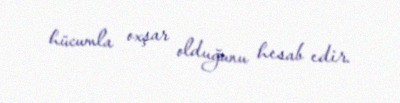
hücumla oxşar olduğunu hesab edir.